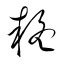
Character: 疑